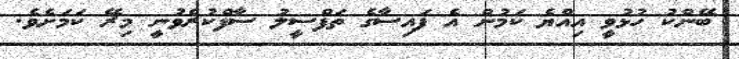
ބޭންކު ހުޅުވީ އިއްޔެ ކަމުން އެ ފައިސާގެ ތަފްސީލު ސާފްކުރެވުނީ މިރޭ ކަމަށެވެ.